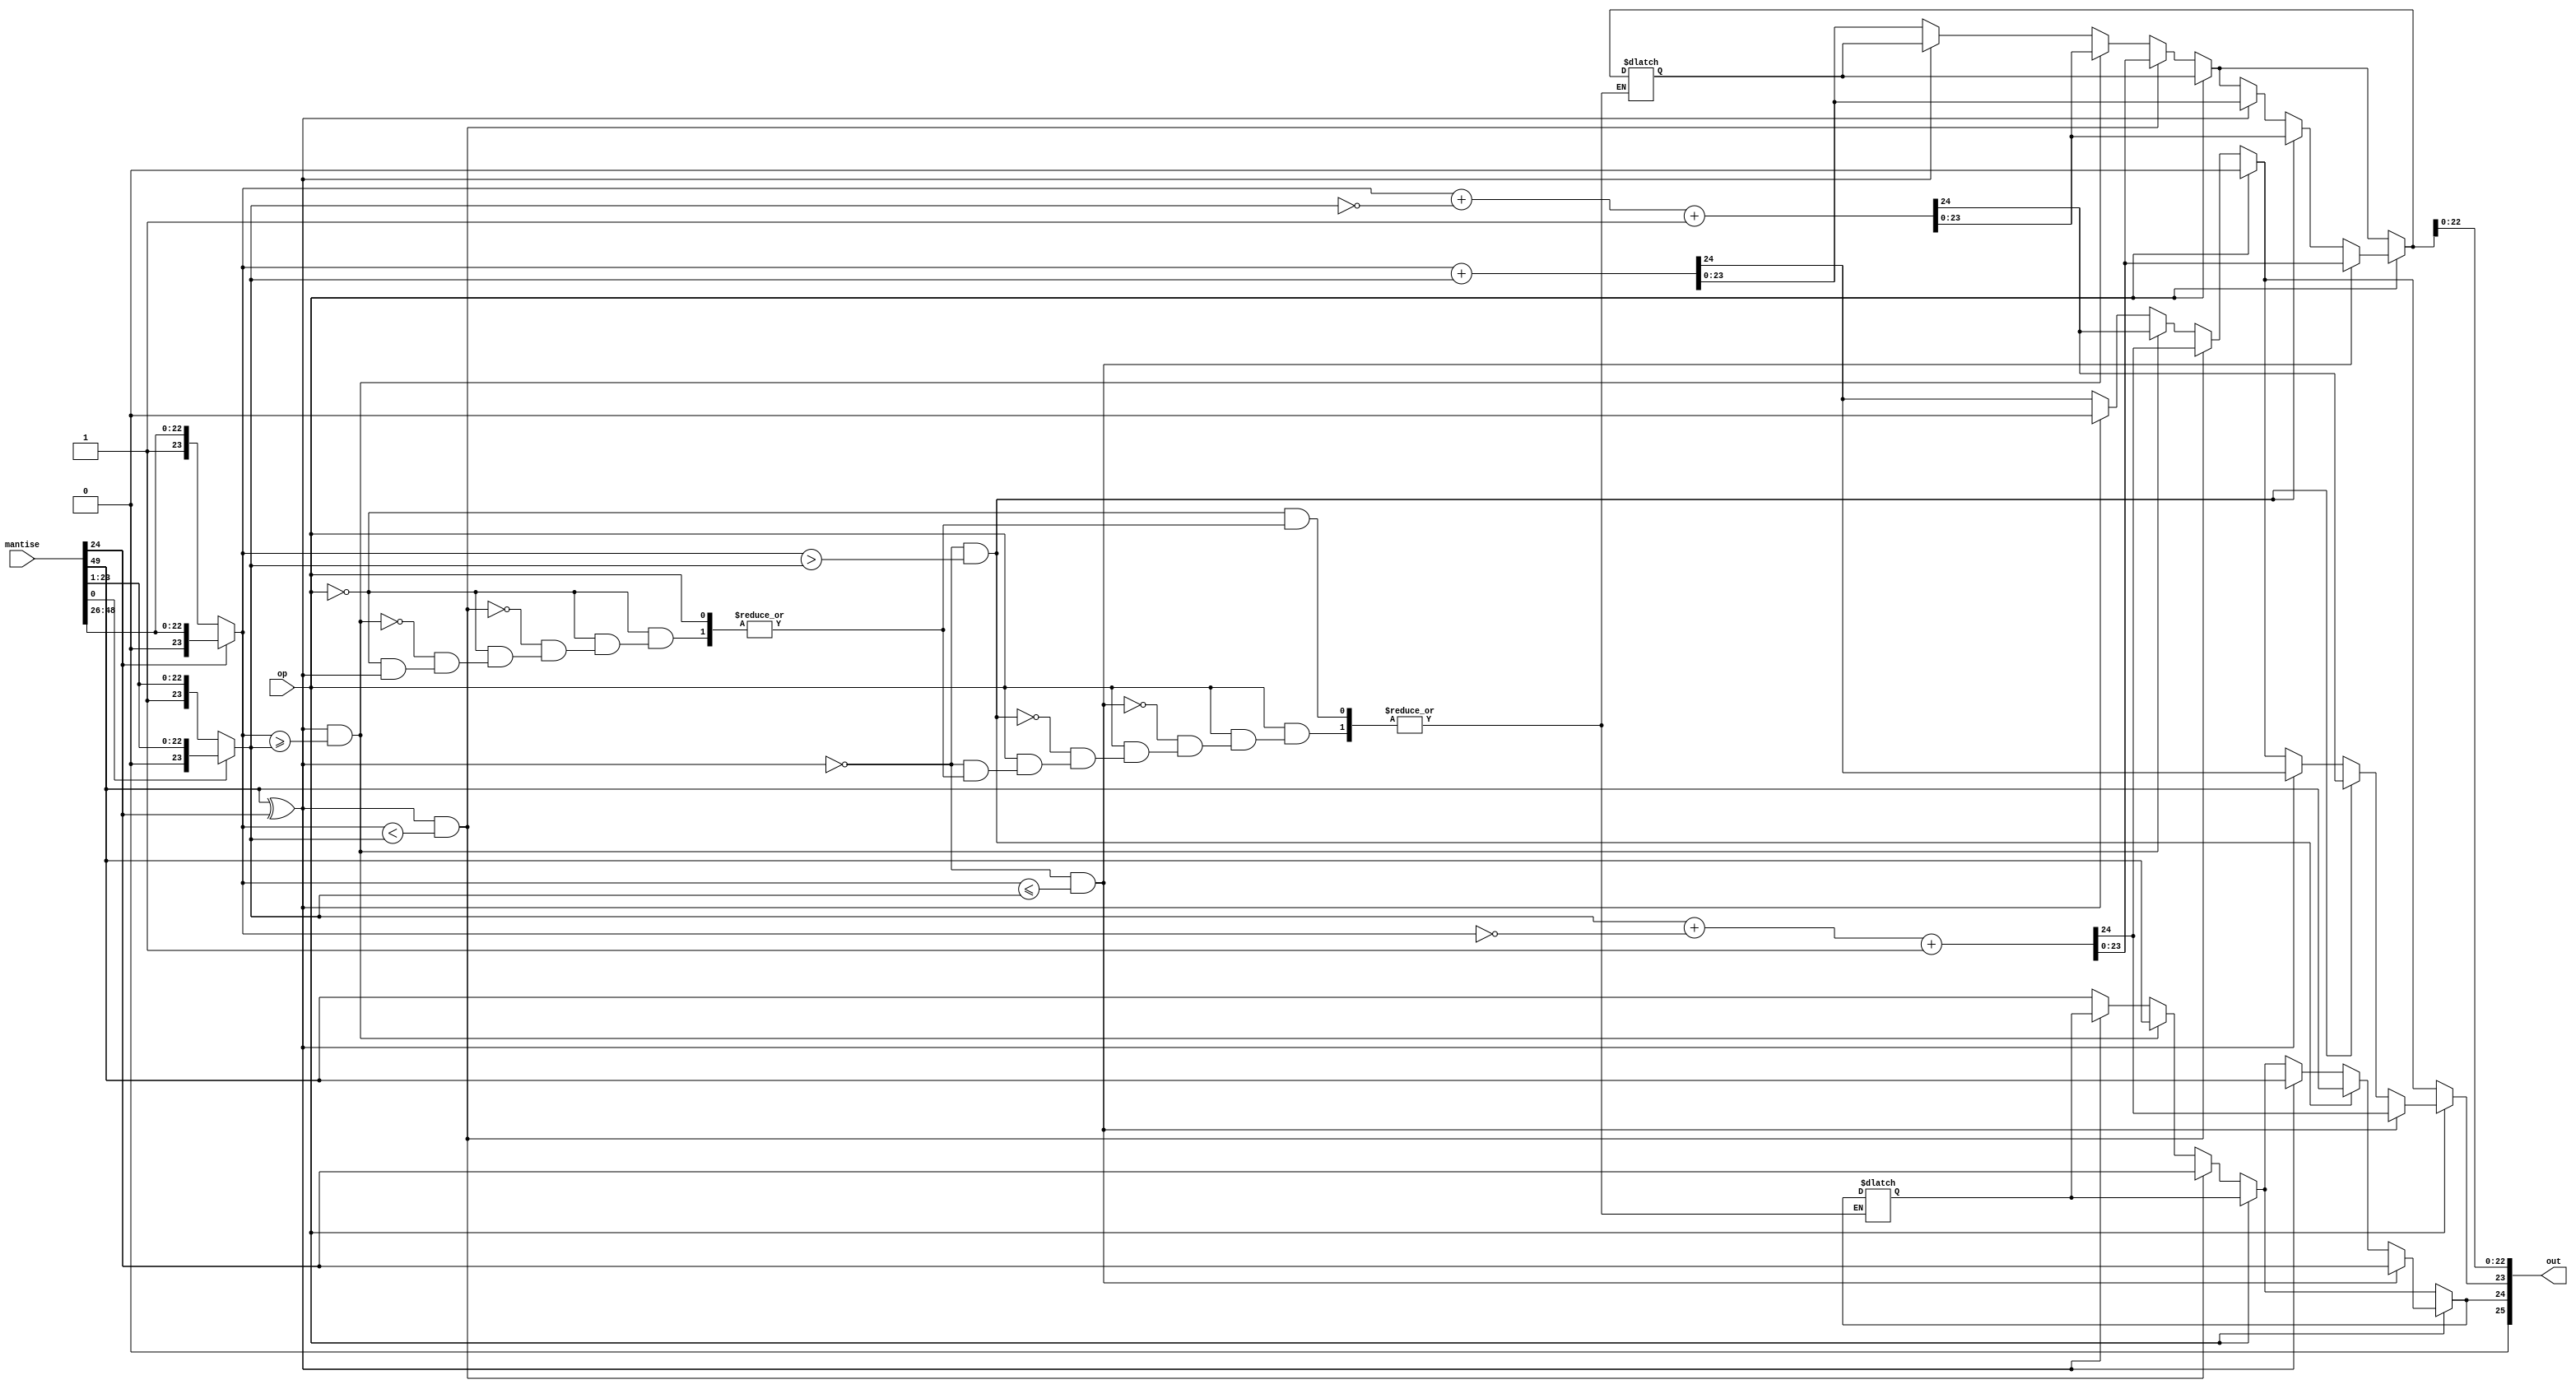
module Adunare_Scadere_Mantise(mantise , op , out);
	input [49:0]mantise;
	input op;
	output reg [25:0] out;
	reg [23:0] mantisaA;//in mantisa A 
	reg [23:0] mantisaB;//in mantisa B
	reg semn;//reprezinta xor dintre semn MantisaA si semn MantisaB
	reg cout;//reprezinta carryul
	reg [23:0]SumDif;//reprezinta suma sau diferenta
	reg S;//registrul de semn
	
	
	always@(mantise or op)
		begin
			//presupunem ca initial nu avem cout
			cout = 0;
			//verificam daca mantisaA a fost shiftata la dreapta pentru a vedea daca pe pozitia hiden bitului punem 0 sau 1
			if(mantise[24] == 1'b0)
				mantisaA = {1,mantise[48:26]};
			else 
				mantisaA = {0,mantise[48:26]};
				
			//verificam daca mantisaB a fost shiftata la dreapta pentru a vedea daca pe pozitia hiden bitului punem 0 sau 1
			if(mantise[0] == 1'b0)
				mantisaB = {1,mantise[23:1]};
			else 
				mantisaB = {0,mantise[23:1]};
				
			//vedem daca cele doua mantise au acelasi semn
			semn = mantise[49] ^ mantise[24];
			
			//avem adunare
			if(op == 0)
				begin
					//daca mantisele au acelasi semn facem adunarea mantiselor
					if(semn == 1'b0)
						begin
							{cout,SumDif} = mantisaA + mantisaB;
							S = mantise[49];
						end
					//daca mantisele au semne diferite si prima mantisa este mai mare 
					//facem diferenta dintre mantisaA si mantisaB
					//in S punem semnul mantisei A
					if(semn == 1'b1 && mantisaA >= mantisaB)
						begin
							S = mantise[49];
							{cout,SumDif} = mantisaA + ~mantisaB + 1;
						end
					//daca mantisele au semne diferite si a doua mantisa este mai mare 
					//facem diferenta dintre mantisaB si mantisaA
					//in S punem semnul mantisei B	
					if(semn == 1'b1 && mantisaA < mantisaB)
						begin
							S = mantise[24];
							{cout,SumDif} = mantisaB + ~mantisaA + 1;
						end
				end
				
				//avem scadere
				if(op == 1)
					begin
						//daca mantisele au semne diferite facem adunarea mantiselor
					if(semn == 1'b1)
						begin
							{cout,SumDif} = mantisaA + mantisaB;
							S = mantise[49];
						end
					//daca mantisele au acelasi semn prima mantisa este mai mare 
					//facem diferenta dintre mantisaA si mantisaB
					//in S punem semnul mantisei A
					if(semn == 1'b0 && mantisaA > mantisaB)
						begin
							S = mantise[49];
							{cout,SumDif} = mantisaA + ~mantisaB + 1;
						end
					//daca mantisele au acelasi semn si a doua mantisa este mai mare 
					//facem diferenta dintre mantisaB si mantisaA
					//in S punem semnul mantisei B	
					if(semn == 1'b0 && mantisaA <= mantisaB)
						begin
							S = mantise[24];
							{cout,SumDif} = mantisaB + ~mantisaA + 1;
						end
					end
				
				//daca mantisa rezultata in urma scaderii/adunarii este 0
				if(SumDif == 0)
					out = {1'b1,S,cout,SumDif[22:0]};
				out = {1'b0,S,cout,SumDif[22:0]};
		end
endmodule